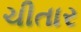
ચીતાર